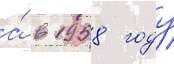
а́ в 1958 году